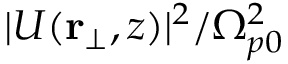
| U ( \mathbf { r } _ { \bot } , z ) | ^ { 2 } / \Omega _ { p 0 } ^ { 2 }